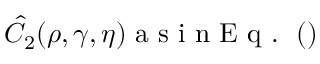
\hat { C } _ { 2 } ( \rho , \gamma , \eta ) \mathrm { ~ a ~ s ~ i ~ n ~ E ~ q ~ . ~ } ~ ( )